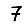
Digit: 7